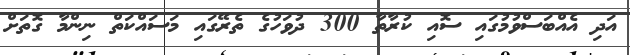
އަދި އެއްބަސްވުމުގައި ސޮއި ކުރާތާ 300 ދުވަހުގެ ތެރޭގައި މަސައްކަތް ނިންމާ ގޮތަށް